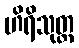
ဟိရိသုတ္တ